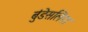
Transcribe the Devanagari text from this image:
बुंडेसलिगा